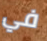
في